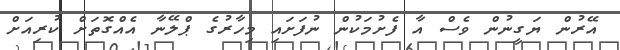
އޭރުން ޔަގީނުން ވެސް އާ ފެށުމަކުން ނުފަށައި މިހާރުގެ ޕްލޭނާ އެއްގޮތަށް ކުރިއަށް